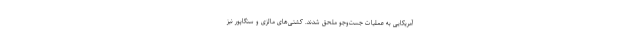
آمریکایی به عملیات جست‌و‌جو ملحق شدند. کشتی‌های مالزی و سنگاپور نیز